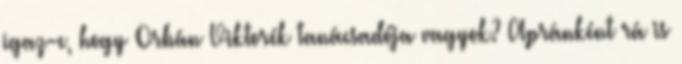
igaz-e, hogy Orbán Viktorék tanácsadója vagyok? Apránként rá is